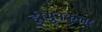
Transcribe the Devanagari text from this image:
होमुनकुलर